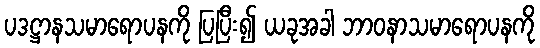
ပဒဋ္ဌာနသမာရောပနကို ပြပြီး၍ ယခုအခါ ဘာဝနာသမာရောပနကို